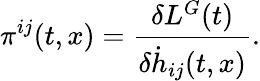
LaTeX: {}{\pi}^{ij}(t,x)=\frac{\delta L^{G}(t)}{\delta{\dot{h}}_{ij}(t,x)}.